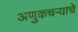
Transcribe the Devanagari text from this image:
अणुकचऱ्याचे